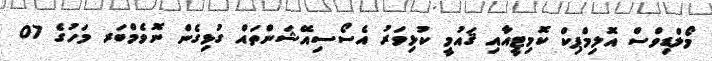
މޯލްޑިވްސް އޮލިމްޕިކް ކޮމިޓީއާއި ޤައުމީ ކުޅިވަރު އެސޯސިއޭޝަންތައް ގުޅިގެން ނޮވެމްބަރ މަހުގެ 07